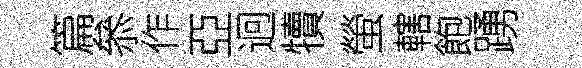
篇叅作亞迥犢螢轄飽踴